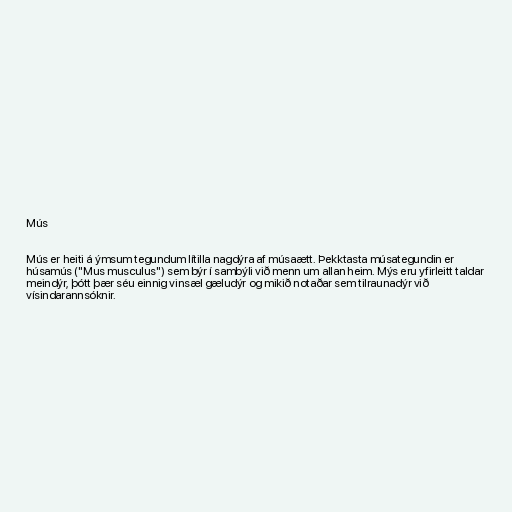
Mús

Mús er heiti á ýmsum tegundum lítilla nagdýra af músaætt. Þekktasta músategundin er
húsamús ("Mus musculus") sem býr í sambýli við menn um allan heim. Mýs eru yfirleitt taldar
meindýr, þótt þær séu einnig vinsæl gæludýr og mikið notaðar sem tilraunadýr við
vísindarannsóknir.